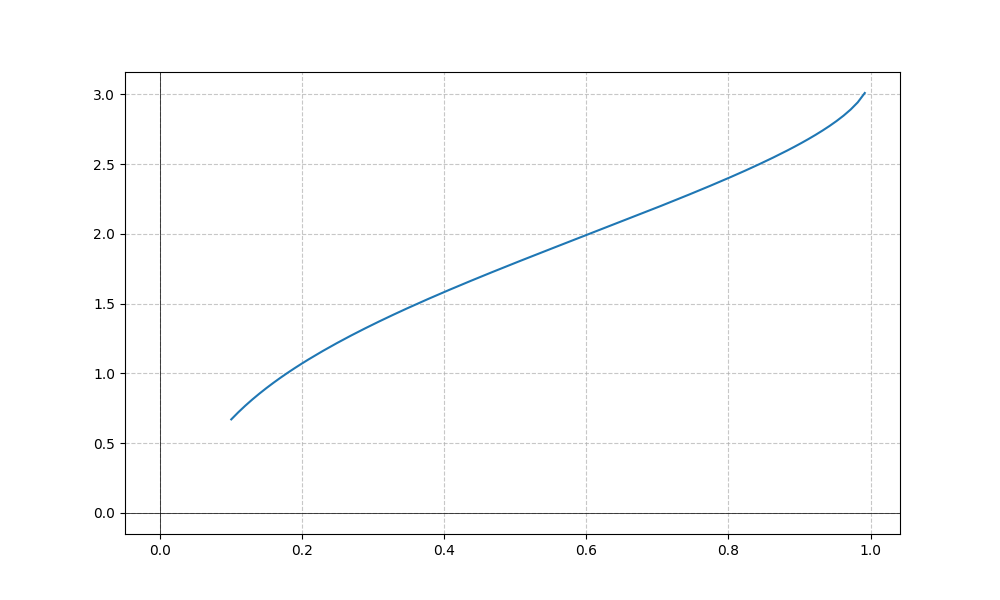
LaTeX formula: \frac{\log{\left(x \right)}}{\log{\left(10 \right)}} + \operatorname{acos}{\left(- x \right)}